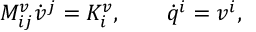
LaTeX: M _ { i j } ^ { v } \dot { v } ^ { j } = K _ { i } ^ { v } , \qquad \dot { q } ^ { i } = v ^ { i } ,